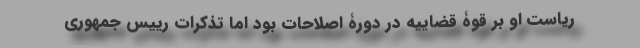
ریاست او بر قوۀ قضاییه در دورۀ اصلاحات بود اما تذکرات رییس جمهوری